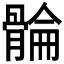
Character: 𮪮